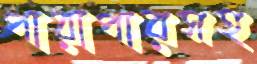
পারাপারসহ